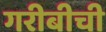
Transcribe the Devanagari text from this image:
गरीबीची